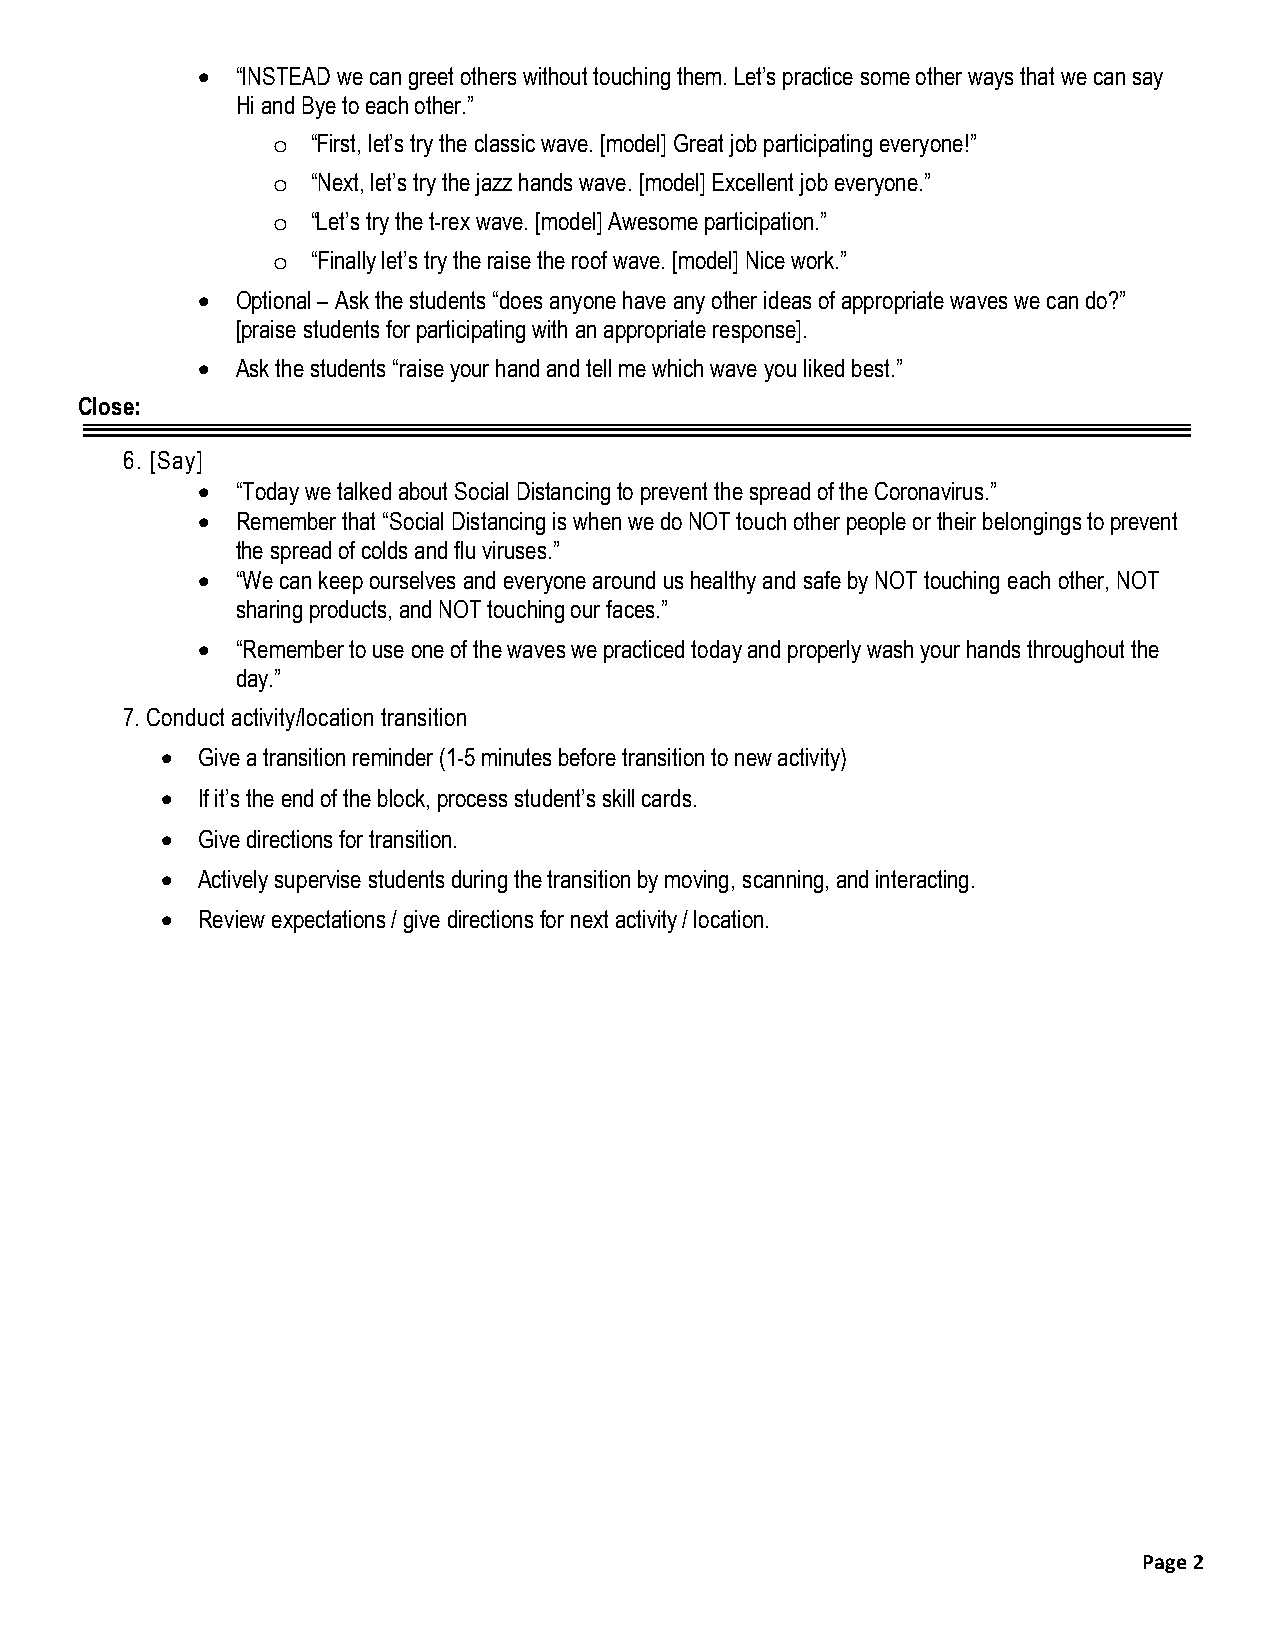
  “INSTEAD we can greet others without touching them. Let’s practice some other ways that we can say
 Hi and Bye to each other.”
 o  “First, let’s try the classic wave. [model] Great job participating everyone!”
 o  “Next, let’s try the jazz hands wave. [model] Excellent job everyone.”
 o  “Let’s try the t-rex wave. [model] Awesome participation.”
 o  “Finally let’s try the raise the roof wave. [model] Nice work.”
   Optional – Ask the students “does anyone have any other ideas of appropriate waves we can do?”
 [praise students for participating with an appropriate response].
   Ask the students “raise your hand and tell me which wave you liked best.”
 Close:
 6. [Say]
   “Today we talked about Social Distancing to prevent the spread of the Coronavirus.”
   Remember that “Social Distancing is when we do NOT touch other people or their belongings to prevent
 the spread of colds and flu viruses.”
   “We can keep ourselves and everyone around us healthy and safe by NOT touching each other, NOT
 sharing products, and NOT touching our faces.”
   “Remember to use one of the waves we practiced today and properly wash your hands throughout the
 day.”
 7. Conduct activity/location transition
  Give a transition reminder (1-5 minutes before transition to new activity)
  If it’s the end of the block, process student’s skill cards.
  Give directions for transition.
  Actively supervise students during the transition by moving, scanning, and interacting.
  Review expectations / give directions for next activity / location.
 Page 2